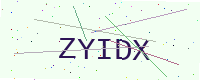
Text: ZYIDX